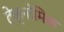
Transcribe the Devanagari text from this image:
टेक्नोमिक